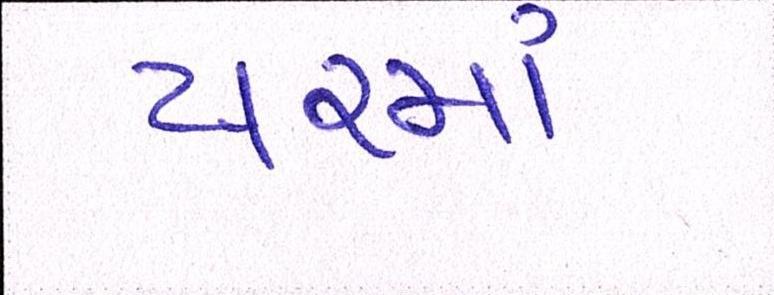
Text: યરમાં